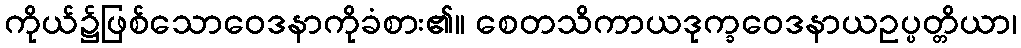
ကိုယ်၌ဖြစ်သောဝေဒနာကိုခံစား၏။ စေတသိကာယဒုက္ခဝေဒနာယဥပ္ပတ္တိယာ၊